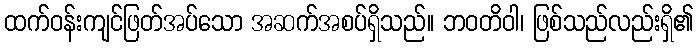
ထက်ဝန်းကျင်ဖြတ်အပ်သော အဆက်အစပ်ရှိသည်။ ဘဝတိဝါ၊ ဖြစ်သည်လည်းရှိ၏